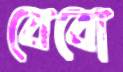
বেবো